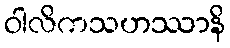
ဝါလိကသဟဿာနိ